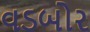
વડબોર